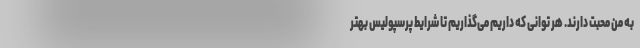
به من محبت دارند. هر توانی که داریم می‌گذاریم تا شرایط پرسپولیس بهتر